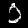
Digit: 0